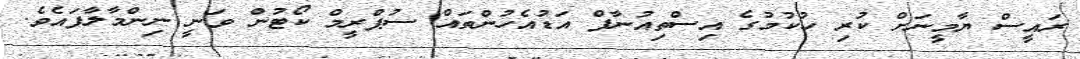
ރައީސް ޔާމީނަށް ކުރި ހުކުމުގެ އިސްތިއުނާފް އަޑުއެހުންތައް ސުޕްރީމް ކޯޓުން ވަނީ ނިންމާލާފައެވެ.